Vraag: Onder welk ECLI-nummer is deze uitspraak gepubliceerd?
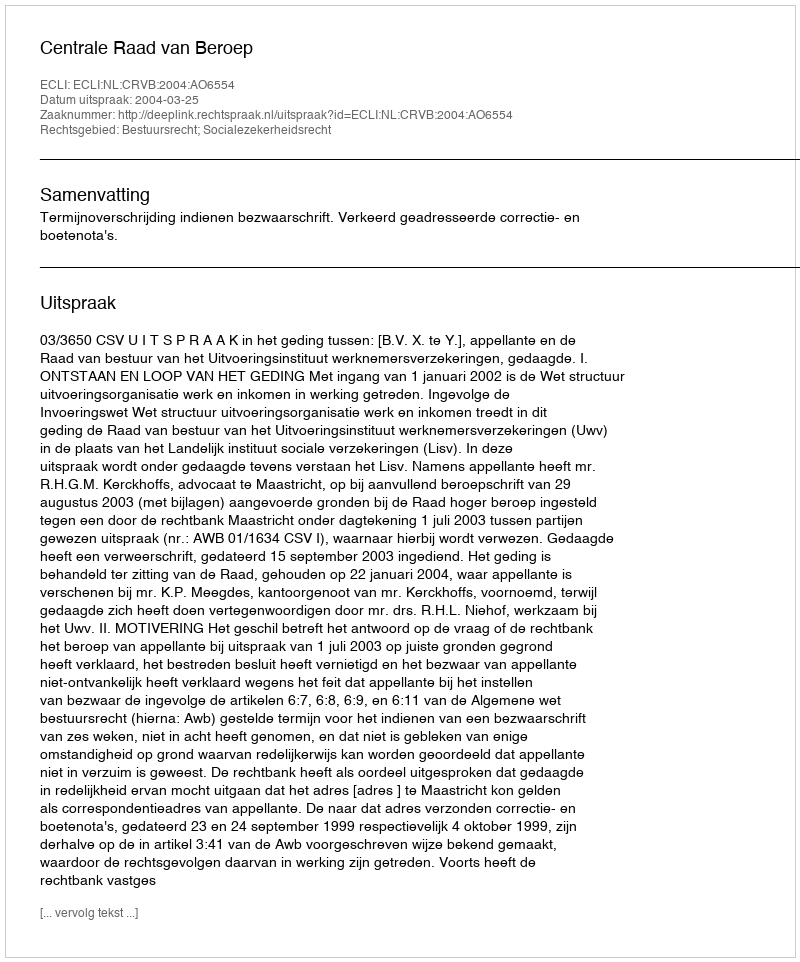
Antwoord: ECLI:NL:CRVB:2004:AO6554